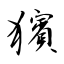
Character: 獱